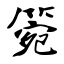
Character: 箢